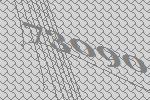
73090